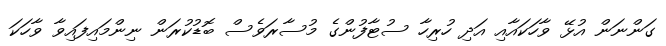
ގަންނަން އުޅޭ ވާހަކައާއި އަދި ހުރިހާ ސުޓާފުންގެ މުސާރަވެސް ބޮޑުކުރަން ނިންމައިފައިވާ ވާހަކަ